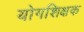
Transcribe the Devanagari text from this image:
योगशिक्षक